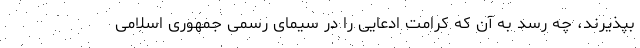
بپذیرند، چه رسد به آن که کرامت ادعایی را در سیمای رسمی جمهوری اسلامی